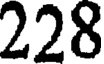
228